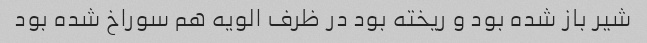
شیر باز شده بود و ریخته بود در ظرف الویه هم سوراخ شده بود